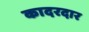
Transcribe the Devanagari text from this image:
कादरदार